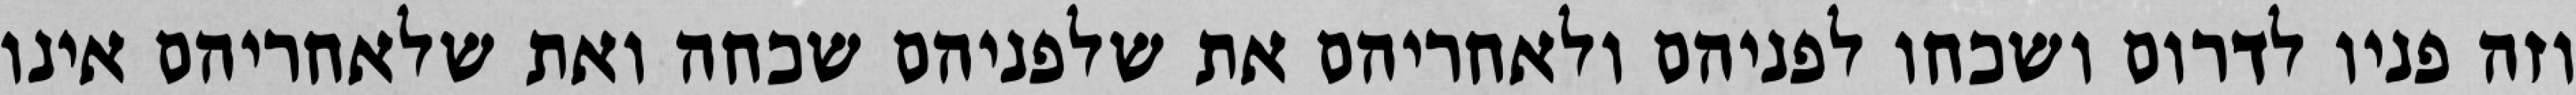
וזה פניו לדרום ושכחו לפניהם ולאחריהם את שלפניהם שכחה ואת שלאחריהם אינו